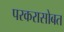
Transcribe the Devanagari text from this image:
परकरासोबत